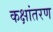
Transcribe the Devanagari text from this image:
कक्षांतरण